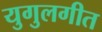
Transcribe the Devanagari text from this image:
युगुलगीत